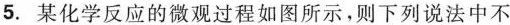
5.某化学反应的微观过程如图所示，则下列说法中不